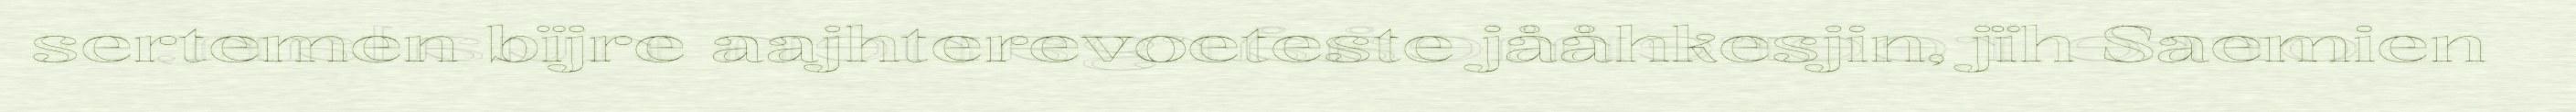
sertemen bïjre aajhterevoeteste jååhkesjin, jïh Saemien